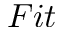
F i t